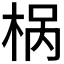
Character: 𣒌